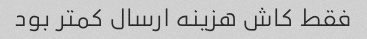
فقط کاش هزینه ارسال کمتر بود